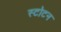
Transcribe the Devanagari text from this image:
स्टोटन